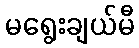
မရွေးချယ်မီ